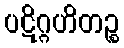
ပဋိဂ္ဂဟိတဉ္စ